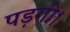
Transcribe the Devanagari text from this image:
पड़गी।